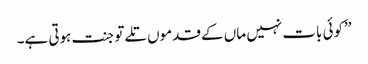
’’کوئی بات نہیں ماں کے قدموں تلے تو جنت ہوتی ہے۔